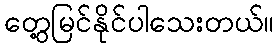
တွေ့မြင်နိုင်ပါသေးတယ်။